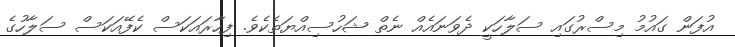
އުފަން ގައުމު މިސްރުގައި ސަލާހަކީ ދެވަނައެއް ނެތް ޝަހުސިއްޔަތެކެވެ. ފިހާރައަކަސް ކެފޭއަކަސް ސަލާހުގެ